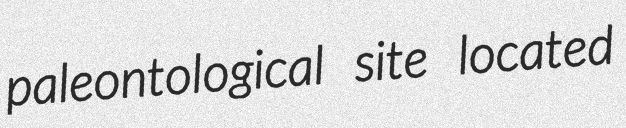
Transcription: paleontological site located